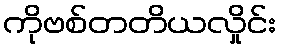
ကိုဗစ်တတိယလှိုင်း